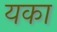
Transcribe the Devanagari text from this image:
यका